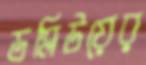
ডব্লিউয়ের